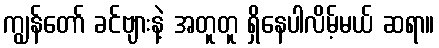
ကျွန်တော် ခင်ဗျားနဲ့ အတူတူ ရှိနေပါလိမ့်မယ် ဆရာ။